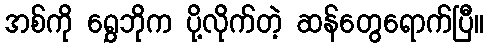
အစ်ကို ရွှေဘိုက ပို့လိုက်တဲ့ ဆန်တွေရောက်ပြီ။